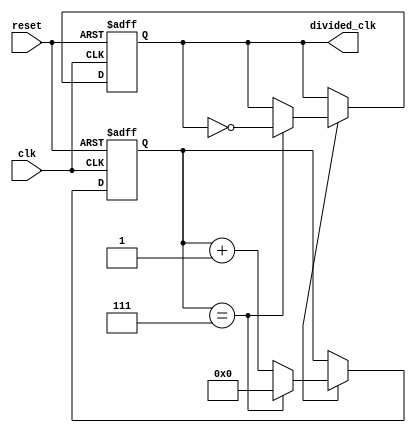
module clock_divider (
    input wire clk,
    input wire reset,
    output reg divided_clk
);

reg [7:0] counter;
reg enable;

parameter DIV_FACTOR = 8;

always @(posedge clk or posedge reset) begin
    if (reset) begin
        counter <= 8'b0;
        divided_clk <= 1'b0;
    end else begin
        if (enable) begin
            if (counter == DIV_FACTOR - 1) begin
                counter <= 8'b0;
                divided_clk <= ~divided_clk;
            end else begin
                counter <= counter + 1;
            end
        end
    end
end

// Additional logic for clock enable/disable and error detection can be added here

endmodule